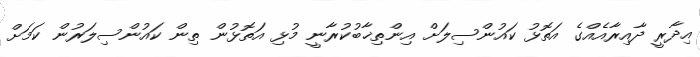
އިދާރީ ދާއިރާއެެއްގެ އަތޮޅު ކައުންސިލަށް އިންތިޚާބުކުރާނީ މުޅި އަތޮޅުން ތިން ކައުންސިލަރުން ކަމަށް